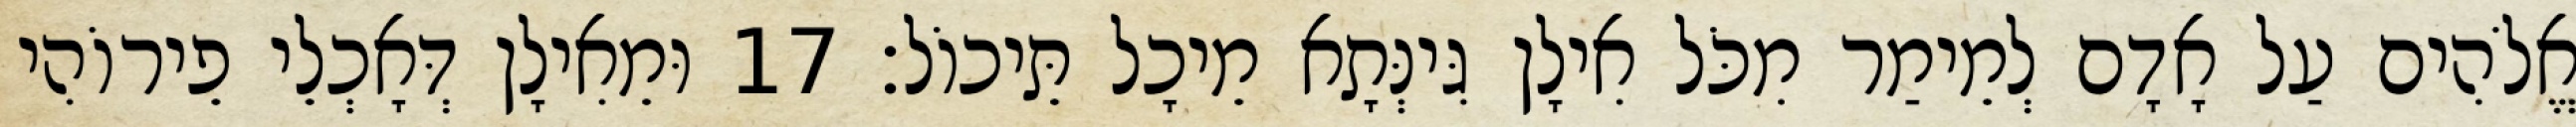
אֱלֹהִים עַל אָדָם לְמֵימַר מִכֹּל אִילָן גִּינְּתָא מֵיכָל תֵּיכוֹל׃ 17 וּמֵאִילָן דְּאָכְלֵי פֵירוֹהִי